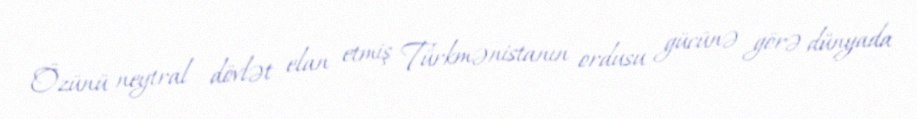
Özünü neytral dövlət elan etmiş Türkmənistanın ordusu gücünə görə dünyada